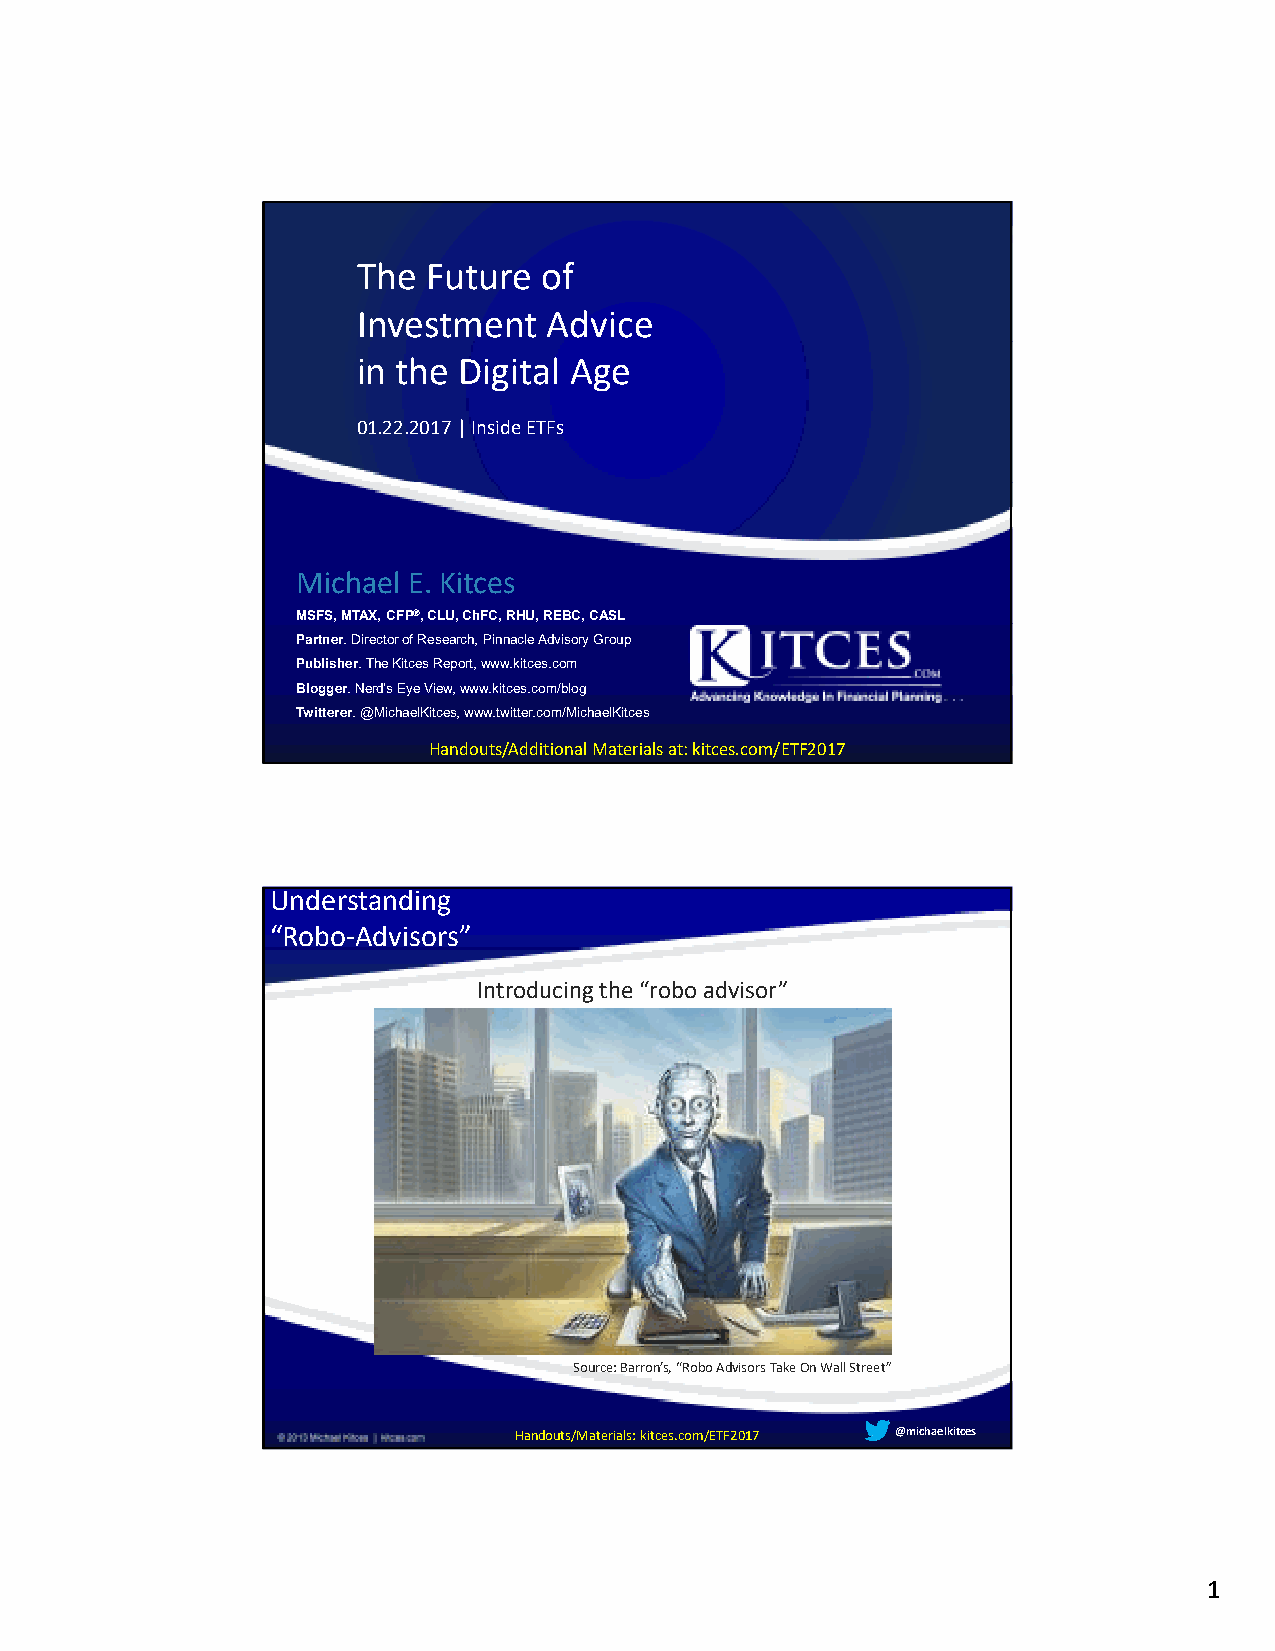
The Future  of
 Investment  Advice
 in the Digital Age
 01.22.2017 | Inside ETFs
 Michael E. Kitces
 MSFS, MTAX, CFP®, CLU, ChFC, RHU, REBC, CASL
 Partner. Director of Research, Pinnacle Advisory Group
 Publisher. The KitcesReport, www.kitces.com
 Blogger. Nerd’s Eye View, www.kitces.com/blog
 Twitterer. @MichaelKitces, www.twitter.com/MichaelKitces
 Handouts/Additional Materials at: kitces.com/ETF2017
 Understanding
 “Robo-Advisors”
 Introducing the “roboadvisor”
 Source: Barron’s, “RoboAdvisors Take On Wall Street”
 Handouts/Materials: kitces.com/ETF2017 @michaelkitces
 1